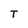
Character: T